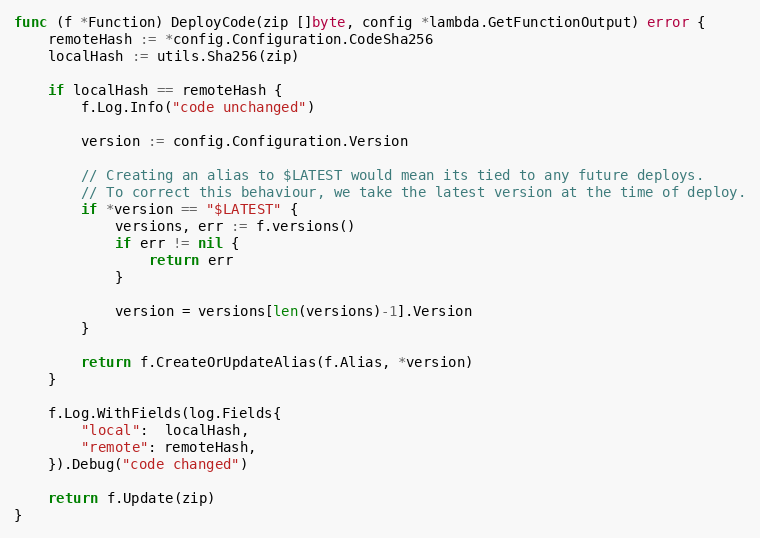
Language: Go
func (f *Function) DeployCode(zip []byte, config *lambda.GetFunctionOutput) error {
	remoteHash := *config.Configuration.CodeSha256
	localHash := utils.Sha256(zip)

	if localHash == remoteHash {
		f.Log.Info("code unchanged")

		version := config.Configuration.Version

		// Creating an alias to $LATEST would mean its tied to any future deploys.
		// To correct this behaviour, we take the latest version at the time of deploy.
		if *version == "$LATEST" {
			versions, err := f.versions()
			if err != nil {
				return err
			}

			version = versions[len(versions)-1].Version
		}

		return f.CreateOrUpdateAlias(f.Alias, *version)
	}

	f.Log.WithFields(log.Fields{
		"local":  localHash,
		"remote": remoteHash,
	}).Debug("code changed")

	return f.Update(zip)
}